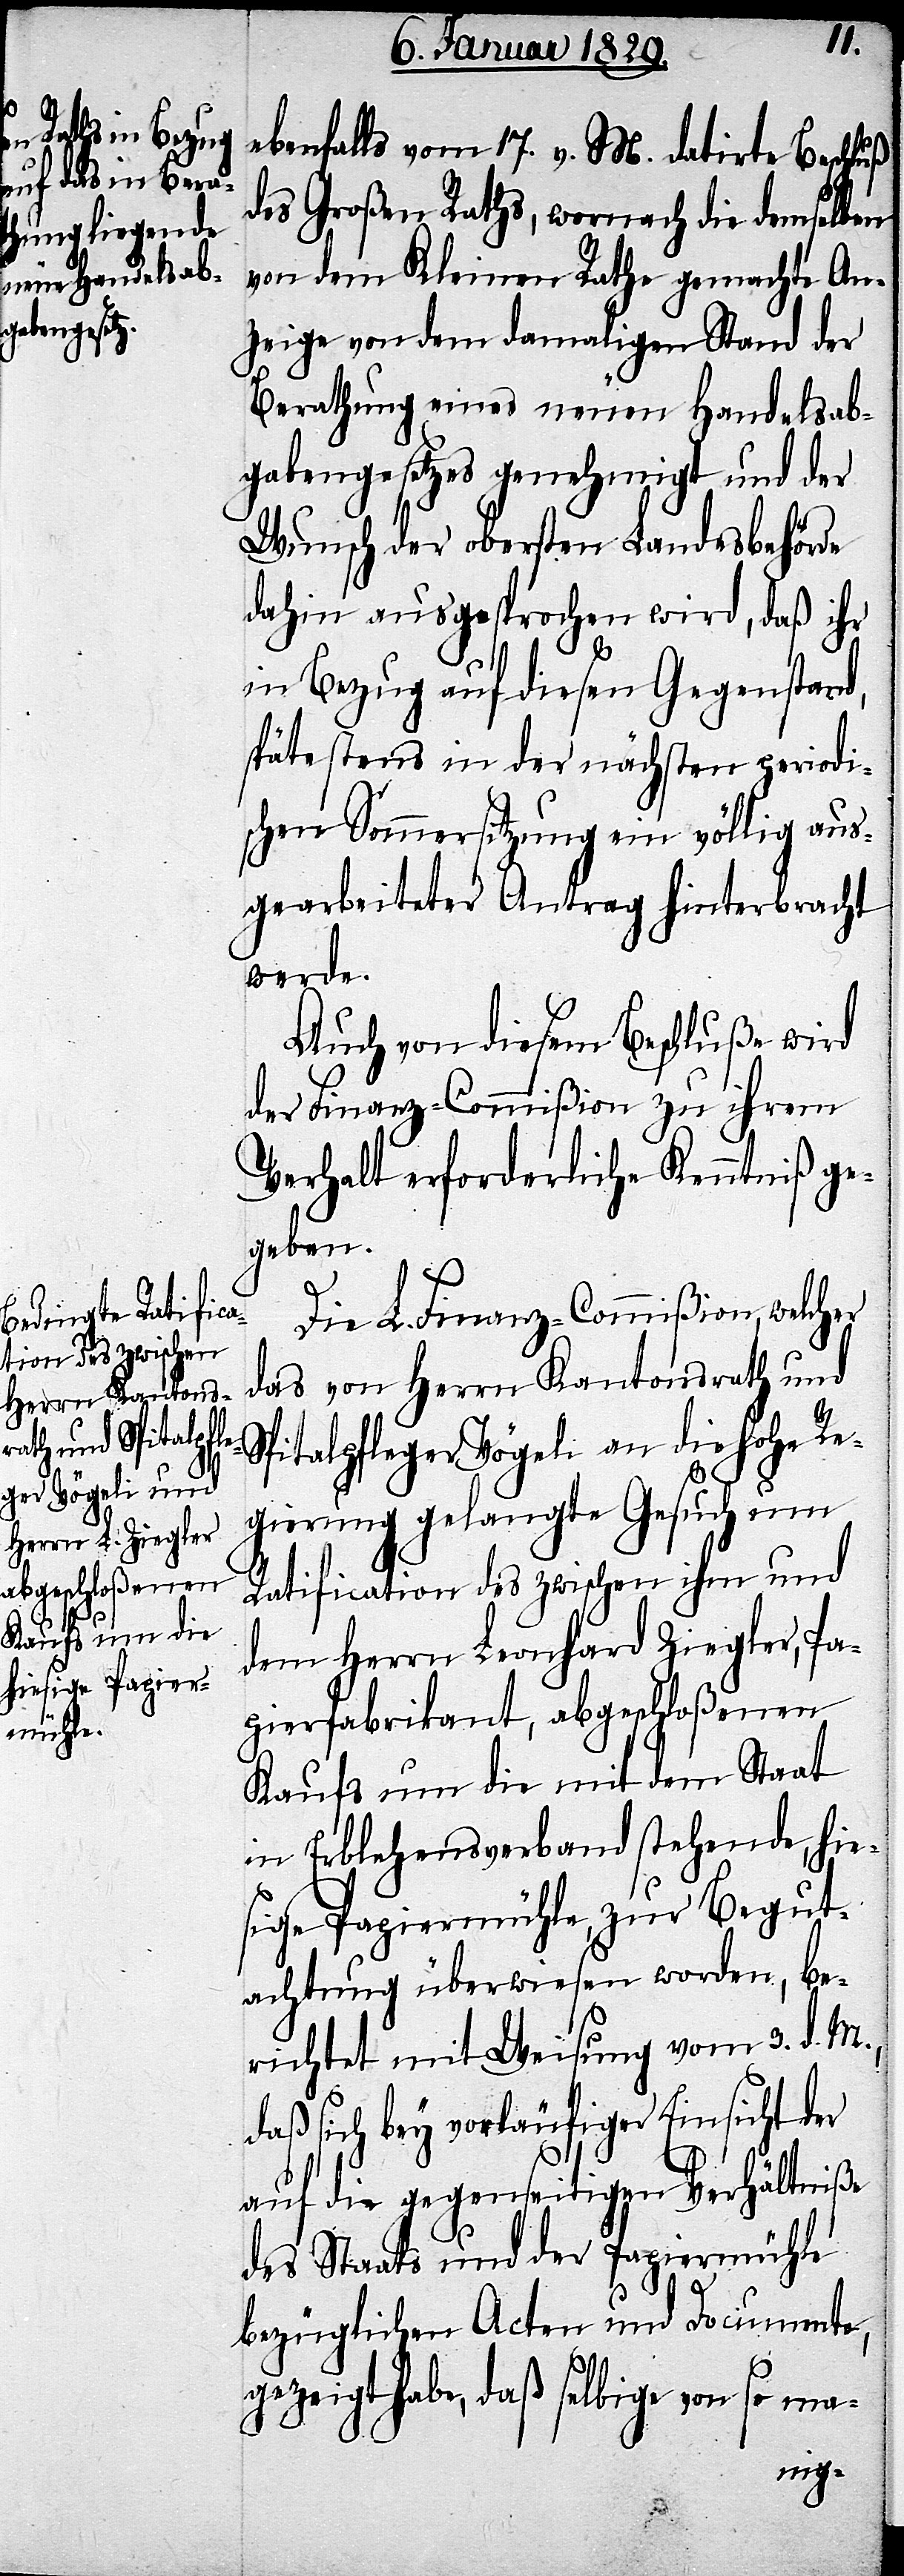
ebenfalls vom 17. v. M. datirte Beschluß
des Großen Raths, wornach die demselben
von dem Kleinen Rathe gemachte An¬
zeige von dem damaligen Stand der
Berathung eines neuen Handelsab¬
gabengesetzes genehmigt und der
Wunsch der obersten Landesbehörde
dahin ausgesprochen wird, daß ihr
in Bezug auf diesen Gegenstand,
spätestens in der nächsten periodi¬
schen Sommersitzung ein völlig aus¬
gearbeiteter Antrag hinterbracht
werde.
Auch von diesem Beschluße wird
der Finanz-Commißion zu ihrem
Verhalt erforderliche Kenntniß ge¬
geben.
Die L. Finanz-Commißion, welcher
das von Herrn Kantonsrath und
Spitalpfleger Vögeli an die Hohe Re¬
gierung gelangte Gesuch um
Ratification des zwischen ihm und
dem Herrn Leonhard Ziegler, Pa¬
pierfabrikant, abgeschloßenen
Kaufs um die mit dem Staat
in Erblehensverband stehende, hie¬
sige Papiermühle, zu Begut¬
achtung überwiesen worden, be¬
richtet mit Weisung vom 3. d. M.,
daß sich bey vorläufiger Einsicht der
auf die gegenseitigen Verhältniße
des Staats und der Papiermühle
bezüglichen Acten und Documente,
gezeigt habe, daß selbige von so ma-